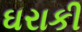
ઘરાકી